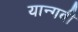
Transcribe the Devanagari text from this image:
यान्गबी